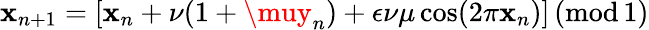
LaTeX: \mathbf{x}_{n+1}=[\mathbf{x}_{n}+\nu(1+\muy_{n})+\epsilon\nu\mu\cos(2\pi\mathbf{x}_{n})]\, ({\textrm{{mod}}}\, 1)